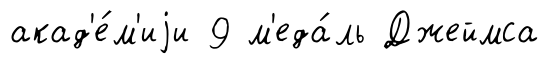
акад'е́м'иjи 9 м'еда́ль Джеймса